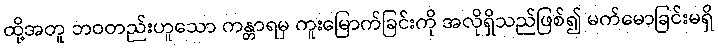
ထို့အတူ ဘဝတည်းဟူသော ကန္တာရမှ ကူးမြောက်ခြင်းကို အလိုရှိသည်ဖြစ်၍ မက်မောခြင်းမရှိ